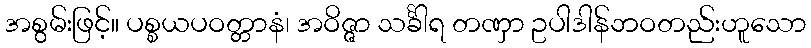
အစွမ်းဖြင့်။ ပစ္စယပဝတ္တာနံ၊ အဝိဇ္ဇာ သင်္ခါရ တဏှာ ဥပါဒါန်ဘဝတည်းဟူသော